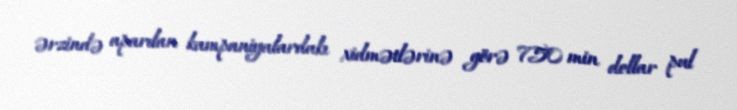
ərzində aparılan kampaniyalardakı xidmətlərinə görə 750 min dollar pul